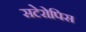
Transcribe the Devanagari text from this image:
सटेरोपिस